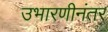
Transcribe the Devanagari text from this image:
उभारणीनंतर